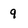
Character: 9